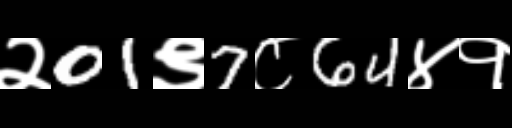
Text: २01९7८64४१